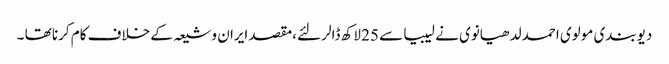
دیوبندی مولوی احمد لدھیانوی نے لیبیا سے 25 لاکھ ڈالر لئے،مقصد ایران و شیعہ کے خلاف کام کرنا تھا ۔